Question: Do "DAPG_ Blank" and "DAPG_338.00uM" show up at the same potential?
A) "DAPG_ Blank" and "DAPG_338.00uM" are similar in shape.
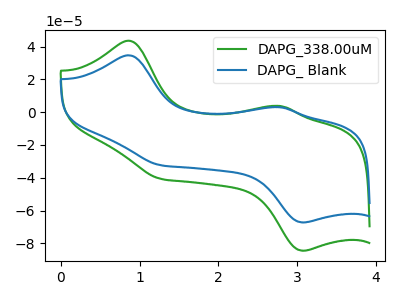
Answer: <think>The green curve "DAPG_338.00uM" has anodic peaks at (0.85V, 43.60uA) (2.80V, 3.75uA) and cathodic peaks at (1.25V, -40.70uA) (3.10V, -84.60uA). The blue curve "DAPG_ Blank" has anodic peaks at (0.85V, 34.70uA) (2.80V, 3.00uA) and cathodic peaks at (1.25V, -32.40uA) (3.10V, -67.30uA).
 All the peaks in "DAPG_ Blank" have a peak in "DAPG_338.00uM" at the same potential. Every peak in "DAPG_ Blank" is lower than every peak in "DAPG_338.00uM".</think>
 <answer>A) "DAPG_ Blank" and "DAPG_338.00uM" are similar in shape.</answer>
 <eval>A</eval>